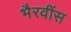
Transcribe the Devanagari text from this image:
भैरवींस